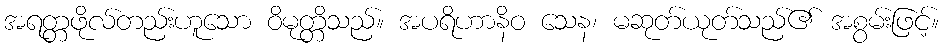
အရတ္တဖိုလ်တည်းဟူသော ဝိမုတ္တိသည်။ အပရိဟာနိဝ သေန၊ မဆုတ်ယုတ်သည်၏ အစွမ်းဖြင့်။